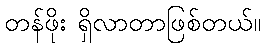
တန်ဖိုး ရှိလာတာဖြစ်တယ်။